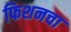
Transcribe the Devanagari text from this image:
फिशनचा